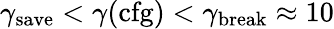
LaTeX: \gamma_{\mathrm{save}}<\gamma(\mathrm{cfg})<\gamma_{\mathrm{break}}\approx 10